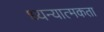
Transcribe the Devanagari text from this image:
ध्यन्यात्मकता